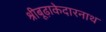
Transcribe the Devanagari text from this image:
श्रीबूढ़ाकेदारनाथ